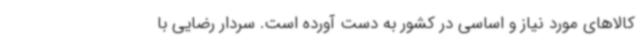
کالاهای مورد نیاز و اساسی در کشور به دست آورده است. سردار رضایی با